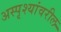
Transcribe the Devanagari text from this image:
अस्पृश्यांवरील